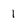
Character: 1